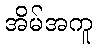
အိမ်အကူ